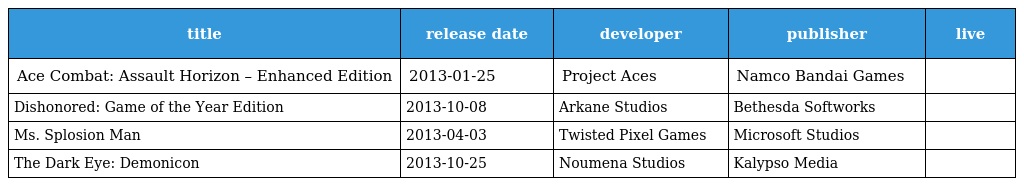
| title | release date | developer | publisher | live |
 | --- | --- | --- | --- | --- |
 | Ace Combat: Assault Horizon – Enhanced Edition | 2013-01-25 | Project Aces | Namco Bandai Games |  |
 | Dishonored: Game of the Year Edition | 2013-10-08 | Arkane Studios | Bethesda Softworks |  |
 | Ms. Splosion Man | 2013-04-03 | Twisted Pixel Games | Microsoft Studios |  |
 | The Dark Eye: Demonicon | 2013-10-25 | Noumena Studios | Kalypso Media |  |